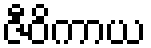
ဇီဝိကာယ